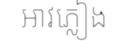
អាវភ្លៀង